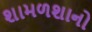
શામળશાનો